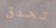
تحدق